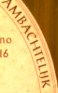
AMBACHTELHK